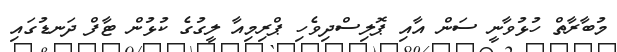
މުބާރާތް ހުޅުވާނީ ސަން އާއި ޕޮލިސްދިވެހި ޕްރިމިއާ ލީގުގެ ކުޅުން ޓާފް ދަނޑުގައި